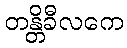
တန္တိခီလကေ